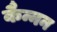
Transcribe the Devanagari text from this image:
कैन्नन